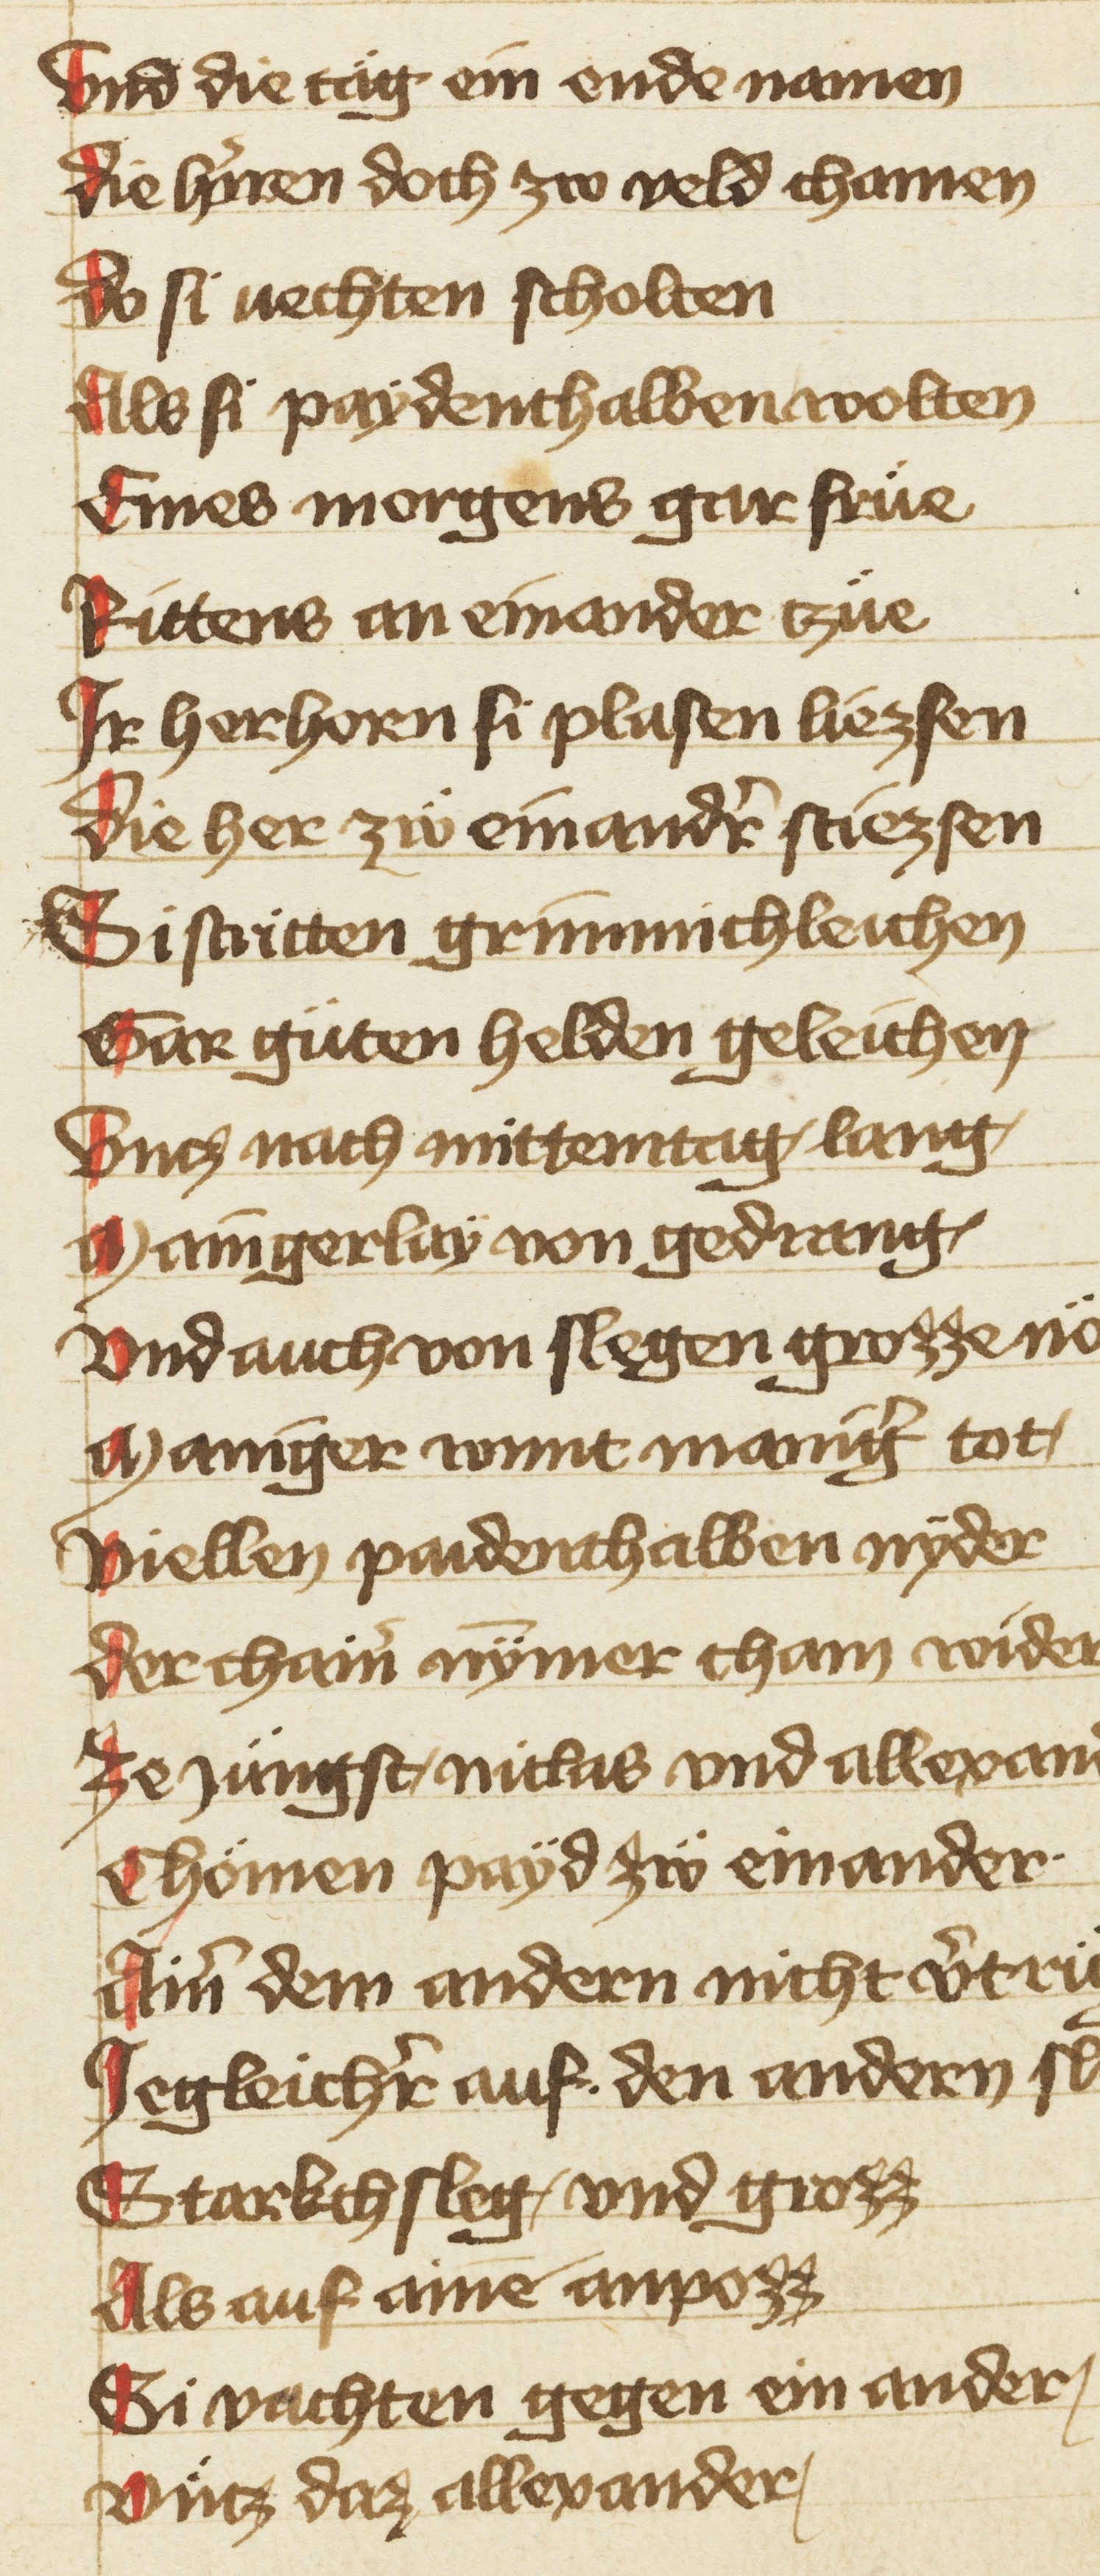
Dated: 1402–1402